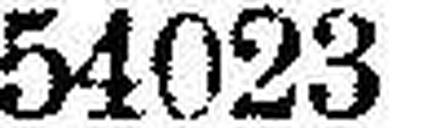
54023